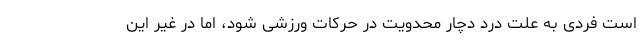
است فردی به علت درد دچار محدویت در حرکات ورزشی شود، اما در غیر این